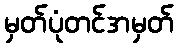
မှတ်ပုံတင်အမှတ်